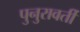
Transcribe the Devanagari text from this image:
पुनुरावर्ती